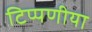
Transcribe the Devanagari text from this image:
टिप्पणीया